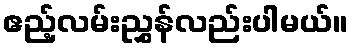
ဧည့်လမ်းညွှန်လည်းပါမယ်။